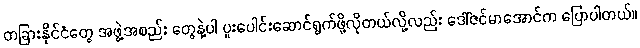
တခြားနိုင်ငံတွေ အဖွဲ့အစည်း တွေနဲ့ပါ ပူးပေါင်းဆောင်ရွက်ဖို့လိုတယ်လို့လည်း ဒေါ်ဇင်မာအောင်က ပြောပါတယ်။